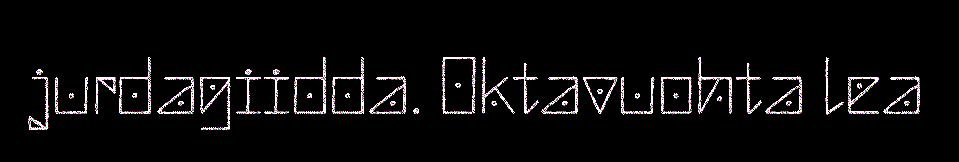
jurdagiidda. Oktavuohta lea